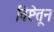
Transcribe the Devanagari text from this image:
विष्टेतून